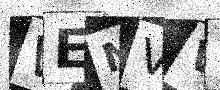
Text: WENVVB